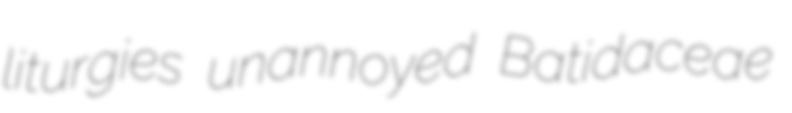
liturgies unannoyed Batidaceae